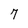
Character: 7